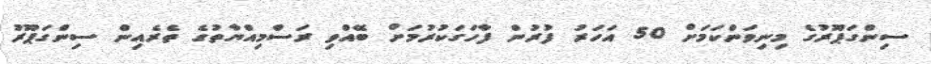
ސިންގަޕޫރުގެ މިނިވަންކަމަށް 50 އަހަރު ފުރުން ފާހަގަކުރުމަށް ބޭއްވި ރަސްމިއްޔާތުގެ ތެރެއިން ސިންގަޕޫރު